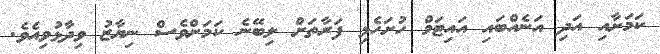
ކަމަށާއި އަދި އަނެއްބައި އައިޓަމް ހުށަހެޅި ފަރާތަށް ލިބޭނެ ކަމަށްވެސް ނިޔާޒު ވިދާޅުވިއެވެ.